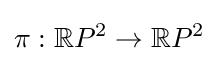
\pi :\mathbb {R} P^{2}\rightarrow \mathbb {R} P^{2}